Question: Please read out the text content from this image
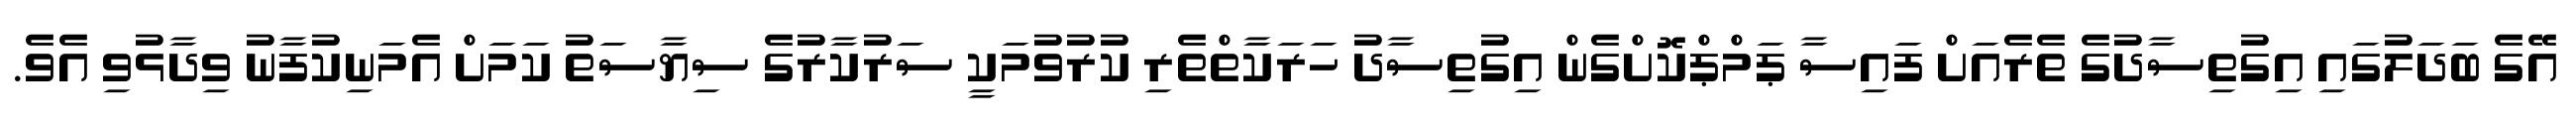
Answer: އޭގެ ބަދަލުގައި އިގުތިސާދުގެ ތެރެއަށް ފައިސާ ޕަމްޕްކޮށްގެން އިގުތިސާދު ހަރަކާތްތެރި ކުރުވުމަކީ ސަރުކާރުގެ ސިޔާސަތު ކަމަށް އެމަނިކުފާނު ވިދާޅުވި އެވެ.